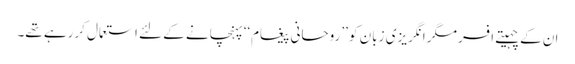
ان کے چہیتے افسر مگر انگریزی زبان کو ’’روحانی پیغام‘‘ پہنچانے کے لئے استعمال کررہے تھے۔